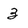
Character: 3